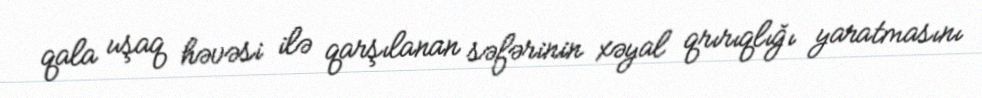
qala uşaq həvəsi ilə qarşılanan səfərinin xəyal qrırıqlığı yaratmasını